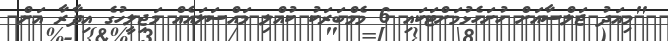
"މިއަދު ޖަލްސާއަށް ހުށަހެޅުމަށްޓަކައި 6 މެމްބަރަކު ކުއްލި މައްސަލައެއް މަޖިލީހުގެ އިދާރާ އަށް